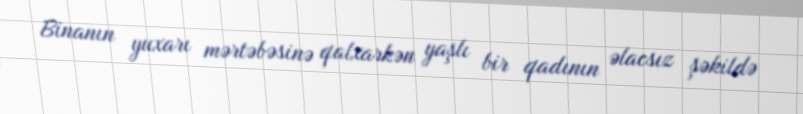
Binanın yuxarı mərtəbəsinə qalxarkən yaşlı bir qadının əlacsız şəkildə